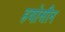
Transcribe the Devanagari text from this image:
हयोसीन